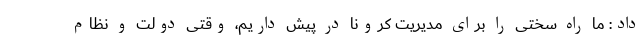
داد: ما راه سختی را برای مدیریت کرونا در پیش داریم، وقتی دولت و نظام